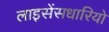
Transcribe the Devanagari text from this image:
लाइसेंसधारियो